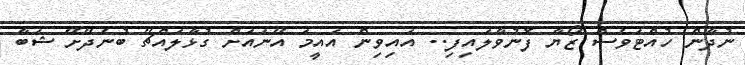
ނުދާން ހުއްޓަވެސް ޒޯޔާ ފޮނުވާލައިފި.. އައިވިން އައީމަ އޭނައަށް ގުޅާލައްޗޭ ބުނެދޭށޭ ޝަބާ